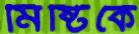
মিষ্টিকে